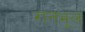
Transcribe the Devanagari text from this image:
रानभूल